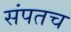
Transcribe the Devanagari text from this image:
संपतच